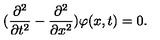
( \frac { \partial ^ { 2 } } { \partial t ^ { 2 } } - \frac { \partial ^ { 2 } } { \partial x ^ { 2 } } ) \varphi ( x , t ) = 0 .